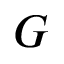
G